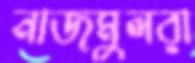
নাজমুলরা